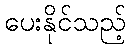
ပေးနိုင်သည့်